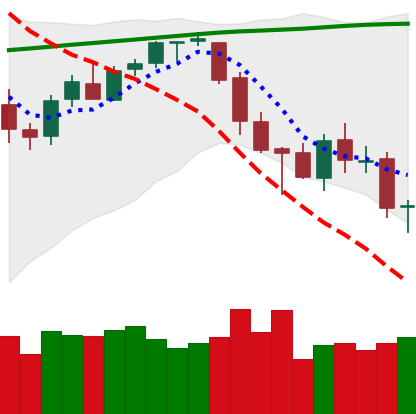
Ticker: BTC-USD
Chart end date: 2018-03-15
Forward return: 7.38%
Label: up_7plus